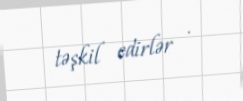
təşkil edirlər .